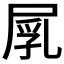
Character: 𡲐